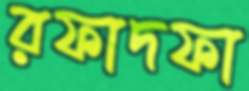
রফাদফা